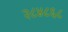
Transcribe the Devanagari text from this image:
२८४८६८